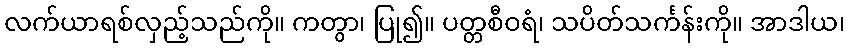
လက်ယာရစ်လှည့်သည်ကို။ ကတွာ၊ ပြု၍။ ပတ္တစီဝရံ၊ သပိတ်သင်္ကန်းကို။ အာဒါယ၊